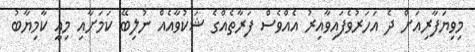
މިވިޔަފާރިއަށް ދެ އަހަރުވެފައިވާއިރު އެއްވެސް ފަރާތެއްގެ ޝަކުވާއެއް ނުލިބޭ ކަމަށާއި މިއީ ކާމިޔާބު